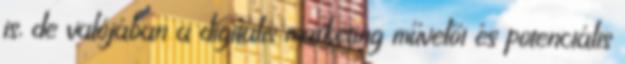
is, de valójában a digitális marketing művelői és potenciális